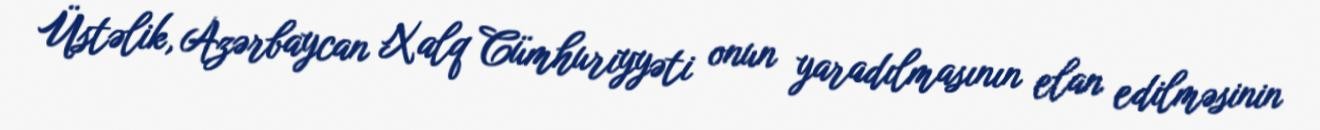
Üstəlik, Azərbaycan Xalq Cümhuriyyəti onun yaradılmasının elan edilməsinin